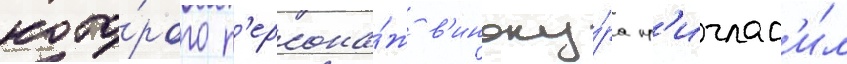
кото́рого п'ерсона́ж в'иноку́ра пр'иглас'и́л